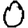
Digit: 0